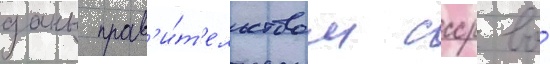
даны прав'и́т'ельством ссср во́